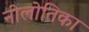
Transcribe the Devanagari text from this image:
नीलोतिका